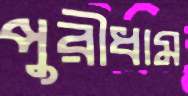
পুরীধাম